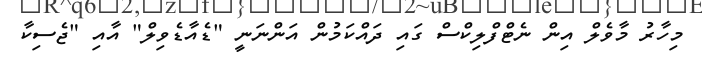
މިހާރު މާވެލް އިން ނެޓްފްލިކްސް ގައި ދައްކަމުން އަންނަނީ "ޑެއާޑެވިލް" އާއި "ޖެސިކާ